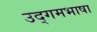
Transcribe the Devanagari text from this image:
उद्गमभाषा